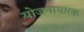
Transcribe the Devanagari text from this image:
योजनाधारक